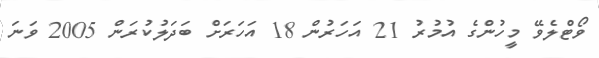
ވޯޓްލެވޭ މީހުންގެ އުމުރު 21 އަހަރުން 18 އަހަރަށް ބަދަލުކުރަން 2005 ވަނަ